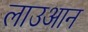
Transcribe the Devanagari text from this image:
लाउआन